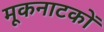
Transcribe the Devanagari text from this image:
मूकनाटकों